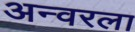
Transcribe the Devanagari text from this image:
अन्वरला